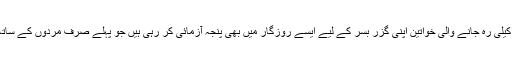
معاشرے میں اکیلی رہ جانے والی خواتین اپنی گزر بسر کے لیے ایسے روزگار میں بھی پنجہ آزمائی کر رہی ہیں جو پہلے صرف مردوں کے ساتھ منسوب تھے۔